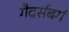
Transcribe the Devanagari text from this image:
गैदर्सबर्ग